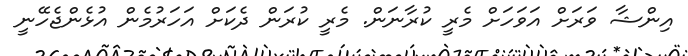
އިންޝާ ވަރަށް އަވަހަށް މެރީ ކުރާނަން. މެރީ ކުރަން ދެކަށް އަހަރުމެން އުޅެންޖެހޭނީ